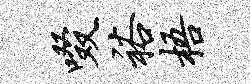
啜裕梧